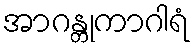
အာဂန္တုကာဂါရံ